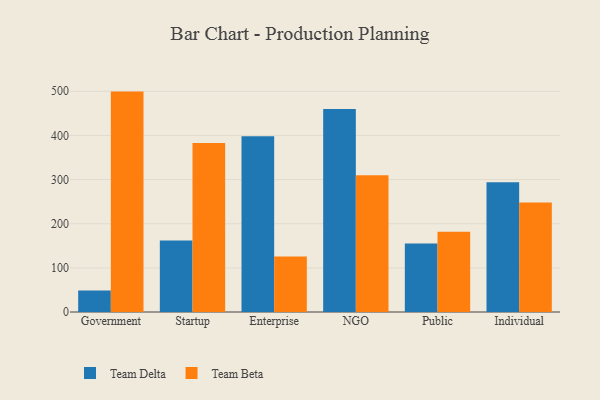
{"axis": {"x": "Segment", "y": "Temperature (°C)"}, "legend": ["Team Beta", "Team Delta"], "data": [{"x": "Government", "y": 48.8, "type": "Team Delta"}, {"x": "Government", "y": 499.3, "type": "Team Beta"}, {"x": "Startup", "y": 162.2, "type": "Team Delta"}, {"x": "Startup", "y": 383.0, "type": "Team Beta"}, {"x": "Enterprise", "y": 398.4, "type": "Team Delta"}, {"x": "Enterprise", "y": 126.0, "type": "Team Beta"}, {"x": "NGO", "y": 459.8, "type": "Team Delta"}, {"x": "NGO", "y": 309.7, "type": "Team Beta"}, {"x": "Public", "y": 155.0, "type": "Team Delta"}, {"x": "Public", "y": 181.9, "type": "Team Beta"}, {"x": "Individual", "y": 294.1, "type": "Team Delta"}, {"x": "Individual", "y": 248.2, "type": "Team Beta"}]}